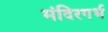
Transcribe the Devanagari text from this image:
मंदिरगर्भ